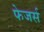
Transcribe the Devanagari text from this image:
फेजर्स